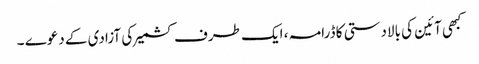
کبھی آئین کی بالادستی کا ڈرامہ ، ایک طرف کشمیر کی آزادی کے دعوے ۔